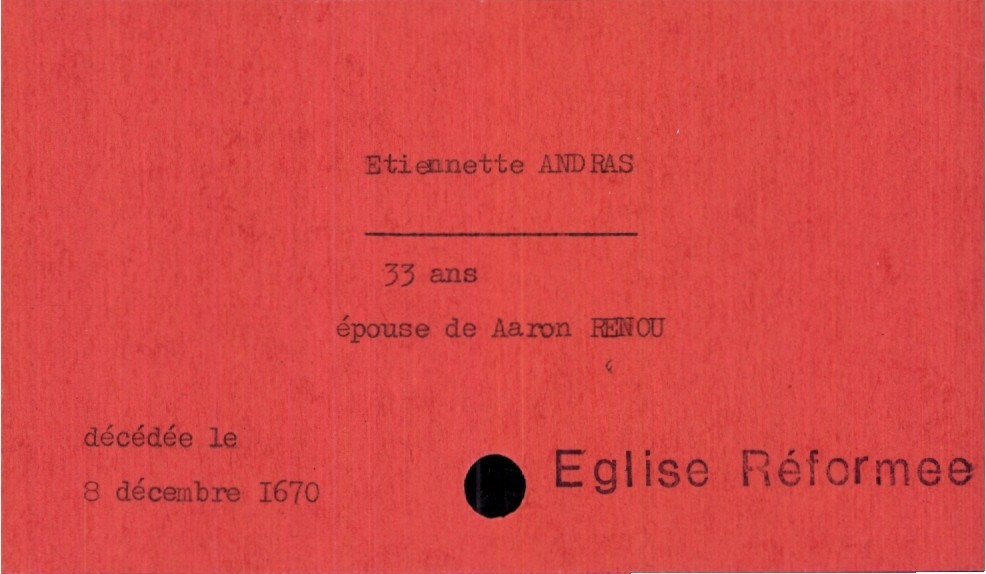
type_acte: Décès
année: 1670
mois: décembre
jour: 8
observations: Eglise Réformee
défunt_nom: Andras
défunt_prénom: Etiennette
défunt_sexe: F
défunt_âge: 33 ans
défunt_statut: marié(e)